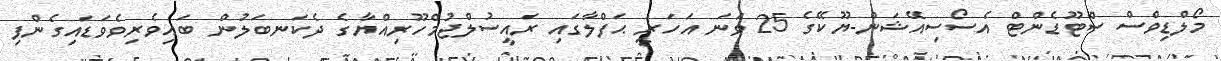
މޯލްޑިވްސް ސްޓޫޑެންޓް އެސޯސިއޭޝަން-ޔޫކޭގެ 25 ވަނަ އަހަރީ ޙަފްލާގައި ރައީސުލްޖުމްހޫރިއްޔާގެ ދެކަނބަލުން ބައިވެރިވެވަޑައިގެންފި